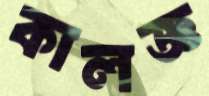
কালজ্ঞ